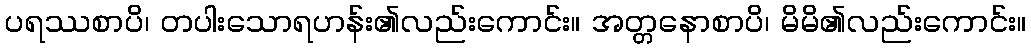
ပရဿစာပိ၊ တပါးသောရဟန်း၏လည်းကောင်း။ အတ္တနောစာပိ၊ မိမိ၏လည်းကောင်း။